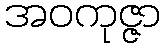
အဝကုဇ္ဇာ